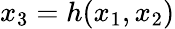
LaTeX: x_{3}=h(x_{1},x_{2})